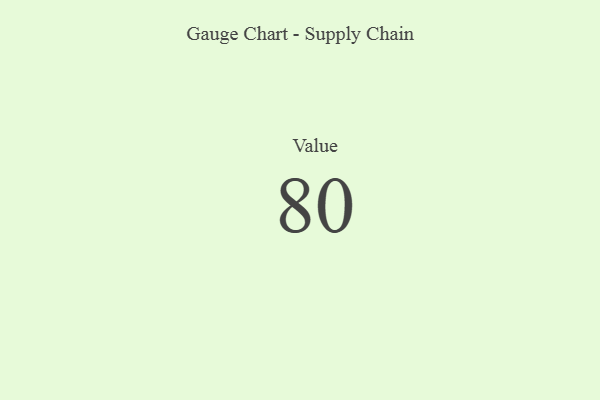
{"axis": {"x": "Metric", "y": "Value"}, "legend": [""], "data": [{"x": "Value", "y": 80, "type": ""}]}